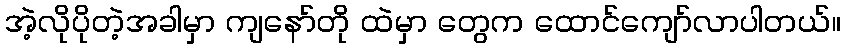
အဲ့လိုပိုတဲ့အခါမှာ ကျနော်တို ထဲမှာ တွေက ထောင်ကျော်လာပါတယ်။